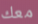
معك